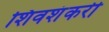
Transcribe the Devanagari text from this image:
शिवशंकरी